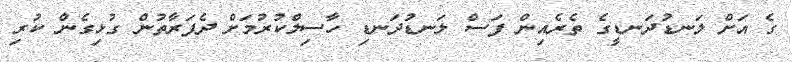
ގެ އަށް ލަނޑުދަނޑީގެ ތެރެއިން ފަސް ލަނޑުދަނޑި ހާސިލްކުރުމަށް ދެފަރާތުން ގުޅިގެން ކުރި